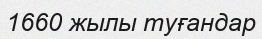
1660 жылы туғандар